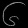
Digit: ၆